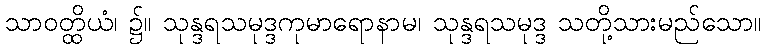
သာဝတ္ထိယံ၊ ၌။ သုန္ဒရသမုဒ္ဒကုမာရောနာမ၊ သုန္ဒရသမုဒ္ဒ သတို့သားမည်သော။